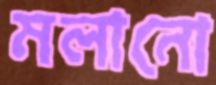
মলানো